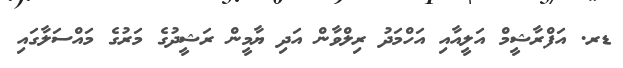
ޑރ. އަފްރާޝީމް އަލީއާއި އަހްމަދު ރިލްވާން އަދި ޔާމީން ރަޝީދުގެ މަރުގެ މައްސަލާގައި